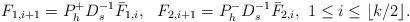
LaTeX: \begin{align*} F_{1,i+1}=P^+_hD_s^{-1}\bar{F}_{1,i},\ \ F_{2,i+1}=P^-_hD_s^{-1}\bar{F}_{2,i},\ 1\le i \le \lfloor k/2 \rfloor.\end{align*}